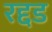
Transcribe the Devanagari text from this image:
रद्दड